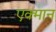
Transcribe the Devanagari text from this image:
एक्मान